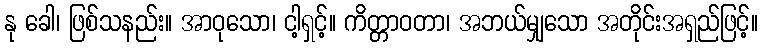
နု ခေါ၊ ဖြစ်သနည်း။ အာဝုသော၊ ငါ့ရှင့်။ ကိတ္တာဝတာ၊ အဘယ်မျှသော အတိုင်းအရှည်ဖြင့်။